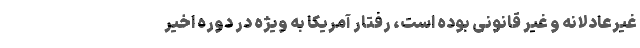
غیرعادلانه و غیر قانونی بوده است، رفتار آمریکا به ویژه در دوره اخیر